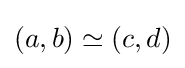
(a,b)\simeq (c,d)